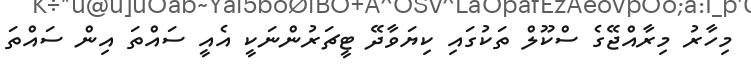
މިހާރު މިރާއްޖޭގެ ސްކޫލް ތަކުގައި ކިޔަވާދޭ ޓީޗަރުންނަކީ އެއީ ސައްތަ އިން ސައްތަ